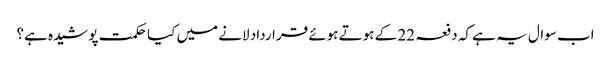
اب سوال یہ ہے کہ دفعہ 22 کے ہوتے ہوئے قرارداد لانے میں کیا حکمت پوشیدہ ہے؟